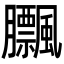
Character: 𦣕